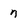
Character: n